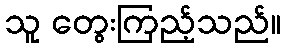
သူ တွေးကြည့်သည်။